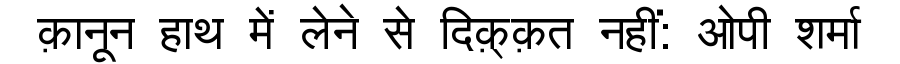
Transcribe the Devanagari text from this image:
क़ानून हाथ में लेने से दिक़्क़त नहीं: ओपी शर्मा